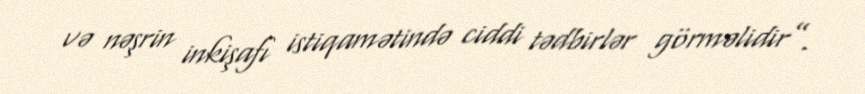
və nəşrin inkişafı istiqamətində ciddi tədbirlər görməlidir”.